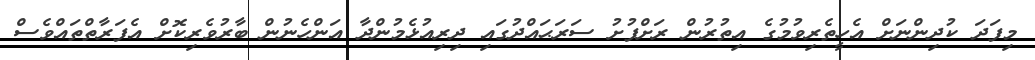
މިފަދަ ކުދިންނަށް އެހީތެރިވުމުގެ އިތުރުން ރަށްފުށު ސަރަޙައްދުގައި ދިރިއުޅެމުންދާ އަންހެނުން ބާރުވެރިކޮށް އެފަރާތްތައްވެސް